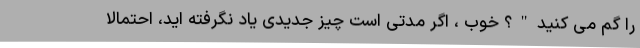
را گم می کنید"؟ خوب ، اگر مدتی است چیز جدیدی یاد نگرفته اید، احتمالاً